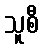
သူစီ